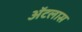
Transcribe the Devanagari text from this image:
अॅटलास